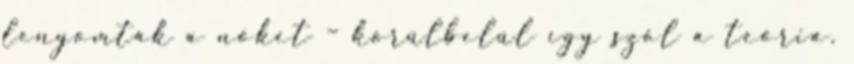
lenyomták a nőket – körülbelül így szól a teória.